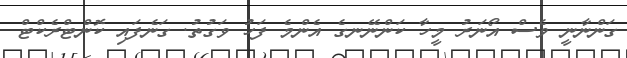
ގަންނާނީ ވެސް އޯނަރު މީހާ ކަންނޭނގެ އެންމެ ފަހު ވަގުތު. ގަނެފައި ކޮންޓްރެކްޓް